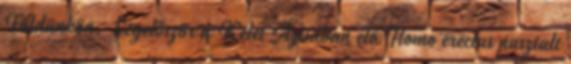
Földünkön. Legelőször a Kelet Ázsiában élő Homo erectus pusztult